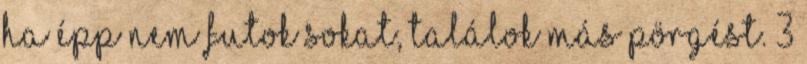
Ha épp nem futok sokat, találok más pörgést. 3